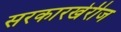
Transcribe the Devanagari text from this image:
सरकारखेरीज